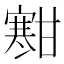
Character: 𫴐